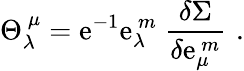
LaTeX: {\Theta}_{\lambda}^{~\mu}=\mathrm{e}^{-1}\mathrm{e}_{\lambda}^{~m}~\frac{{\delta\Sigma}}{{\delta\mathrm{e}_{\mu}^{~m}}}\, \, .